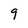
Character: 9